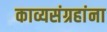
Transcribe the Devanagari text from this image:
काव्यसंग्रहांना